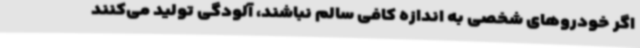
اگر خودروهای شخصی به اندازه کافی سالم نباشند، آلودگی تولید می‌کنند